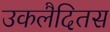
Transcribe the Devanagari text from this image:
उकलैदितस